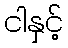
ငါနှင့်